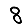
Digit: 8